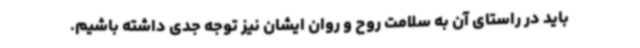
باید در راستای آن به سلامت روح و روان ایشان نیز توجه جدی داشته باشیم.